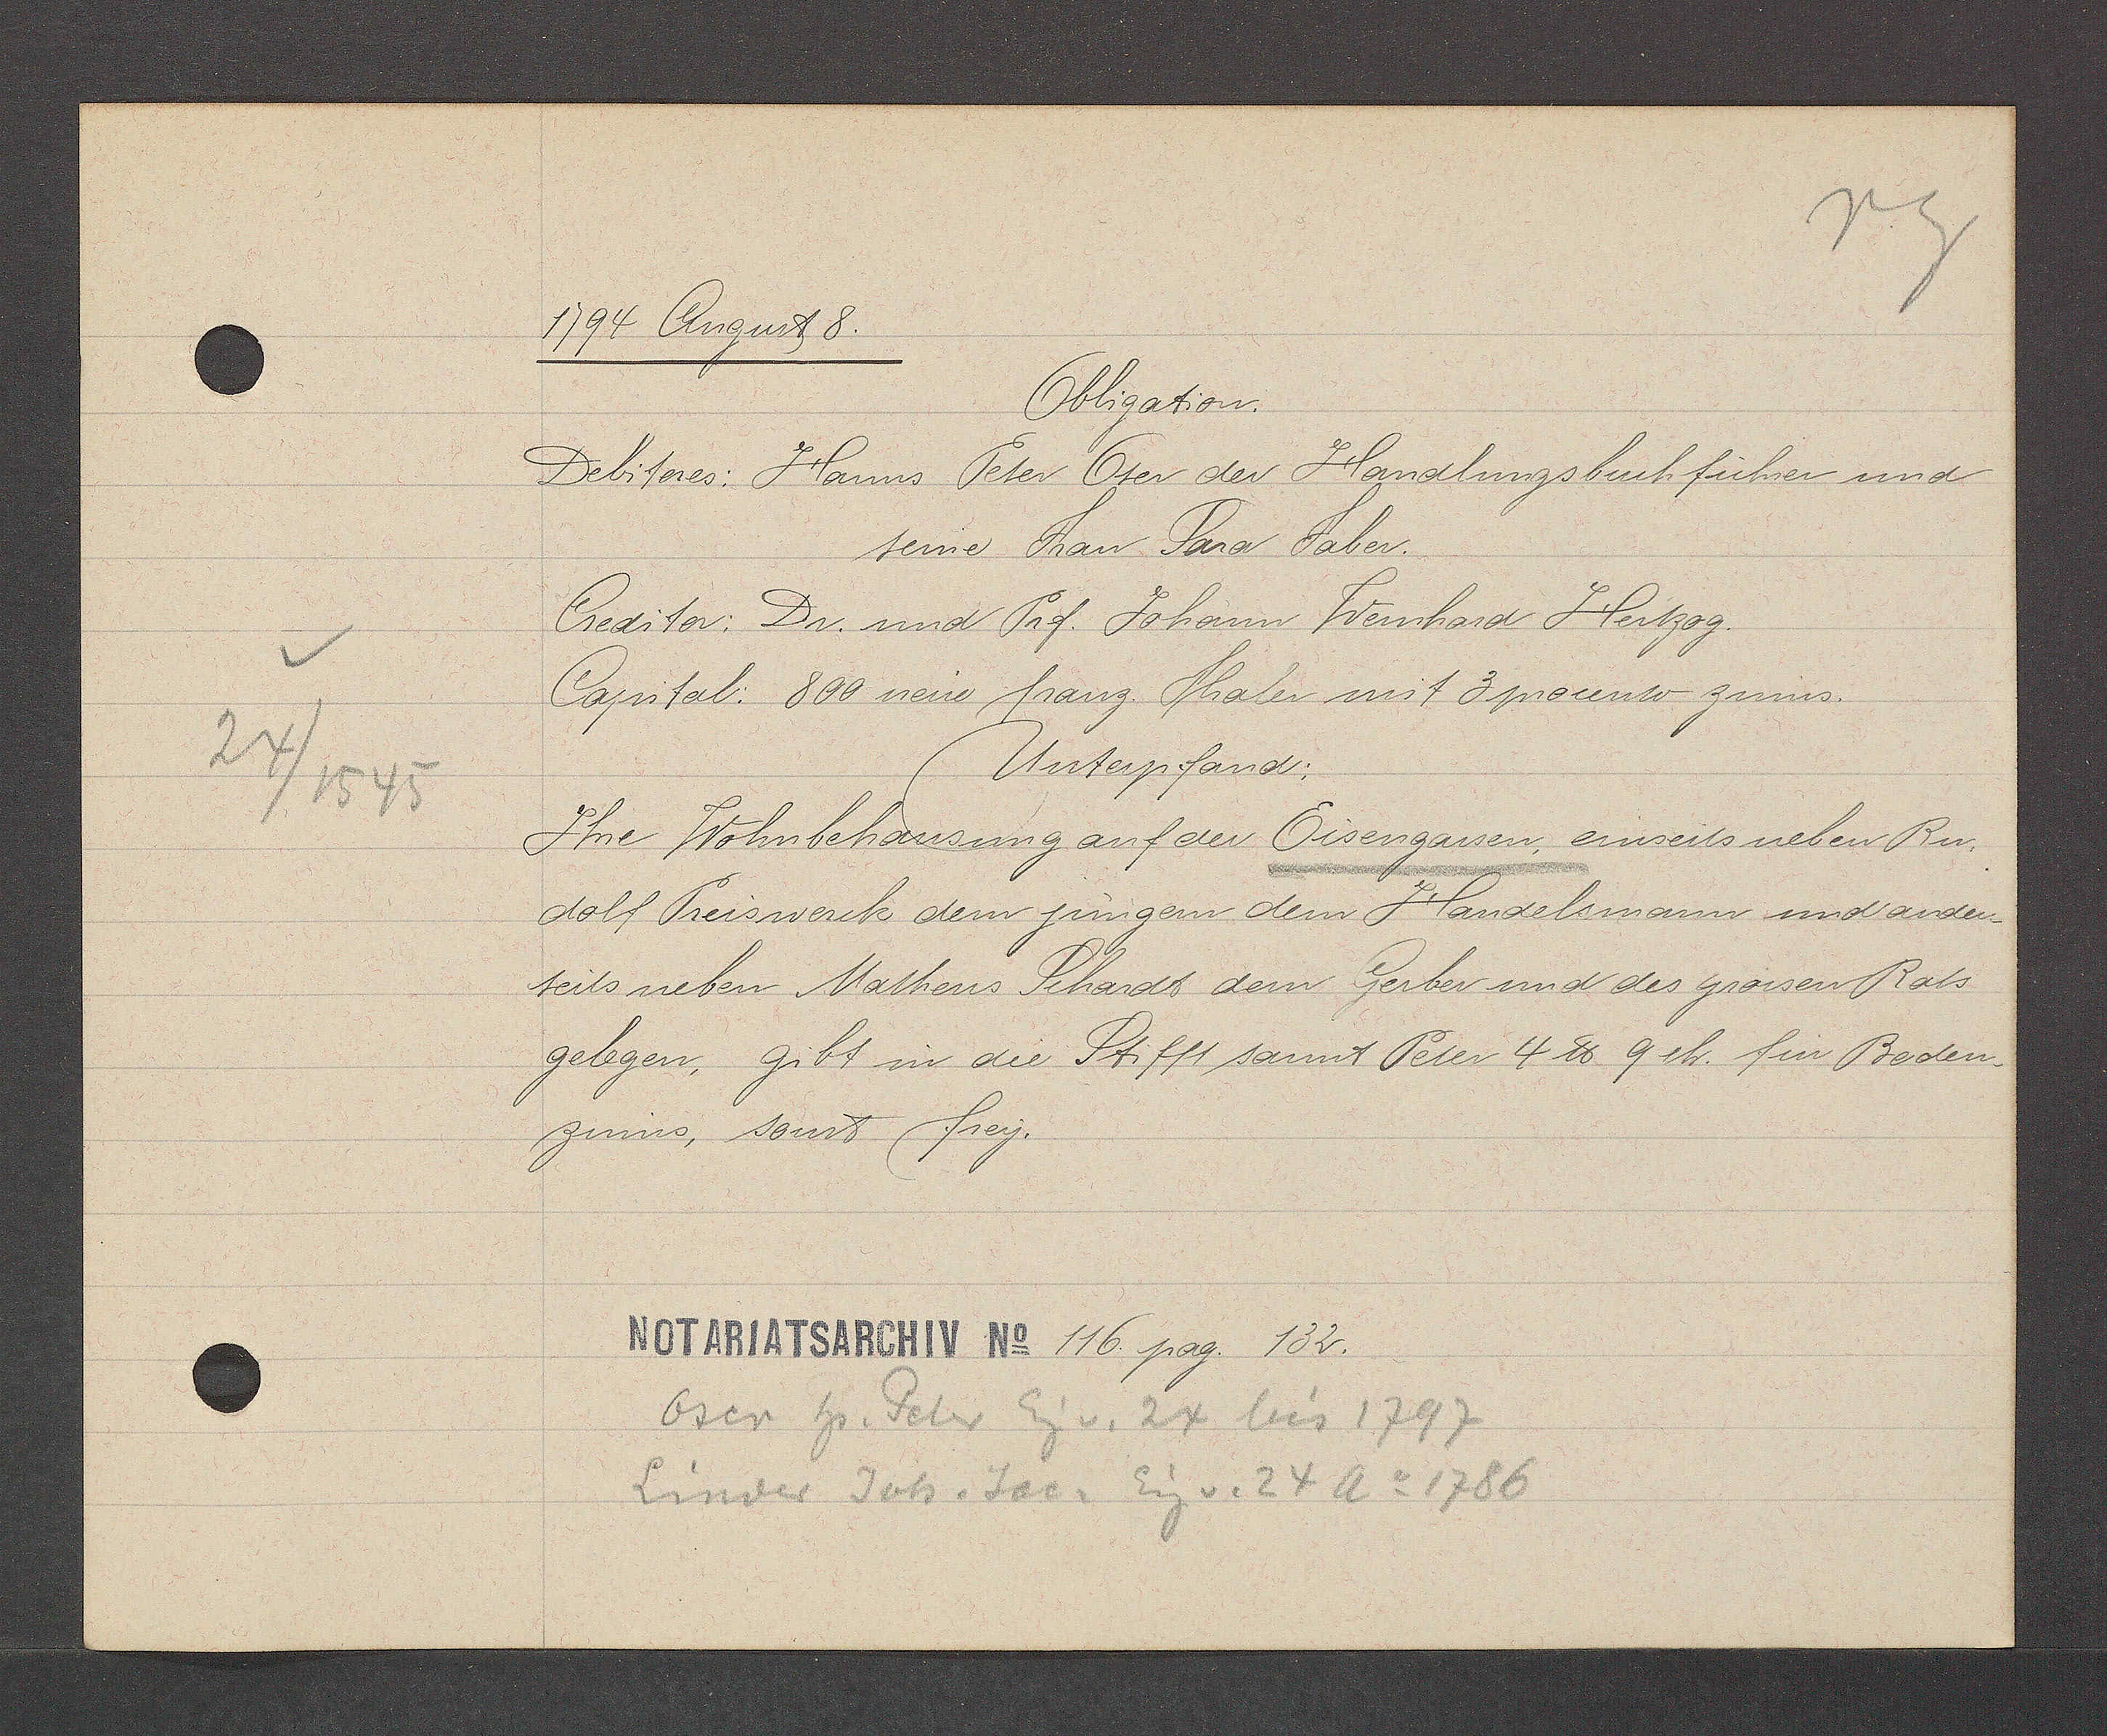
Transcript:
24/ 1545

1794 August 8.
Obligation.
Debitores: Hanns Peter Oser der Handlungsbuchführer und
teine Frau Sara Faber
Creditor. Dr. und Prf. Johann Wernhard Herzog.
Capital: 800 neue Franz. Thaler mit 3 procento zinns.
Unterpfand;
Ihre Wohnbehausung auf der Eisengassen, einseits neben Ru-
dolf Preiswerck dem jungen dem Handelsmann und ander-
teils neben Matheus Schardt dem Gerber und des grossen Rats
gelegen, gibt in die Stifft sannt Peter 4 ℔ 9 sh. sin Boden-
zinns, sonst frey.
116. pag. 132.
Oser Hs. Peter Eg v. 24 bis 1797
Linder Joh. Jac. Eig v. 24 Ao 1786